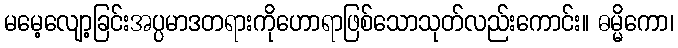
မမေ့လျော့ခြင်းအပ္ပမာဒတရားကိုဟောရာဖြစ်သောသုတ်လည်းကောင်း။ ဓမ္မိကော၊